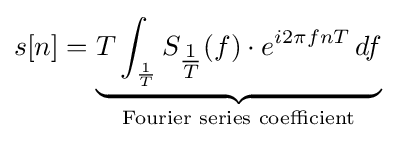
s[n]=\underbrace {T\int _{\frac {1}{T}}S_{\tfrac {1}{T}}(f)\cdot e^{i2\pi fnT}\,df} _{\text{Fourier series coefficient}}